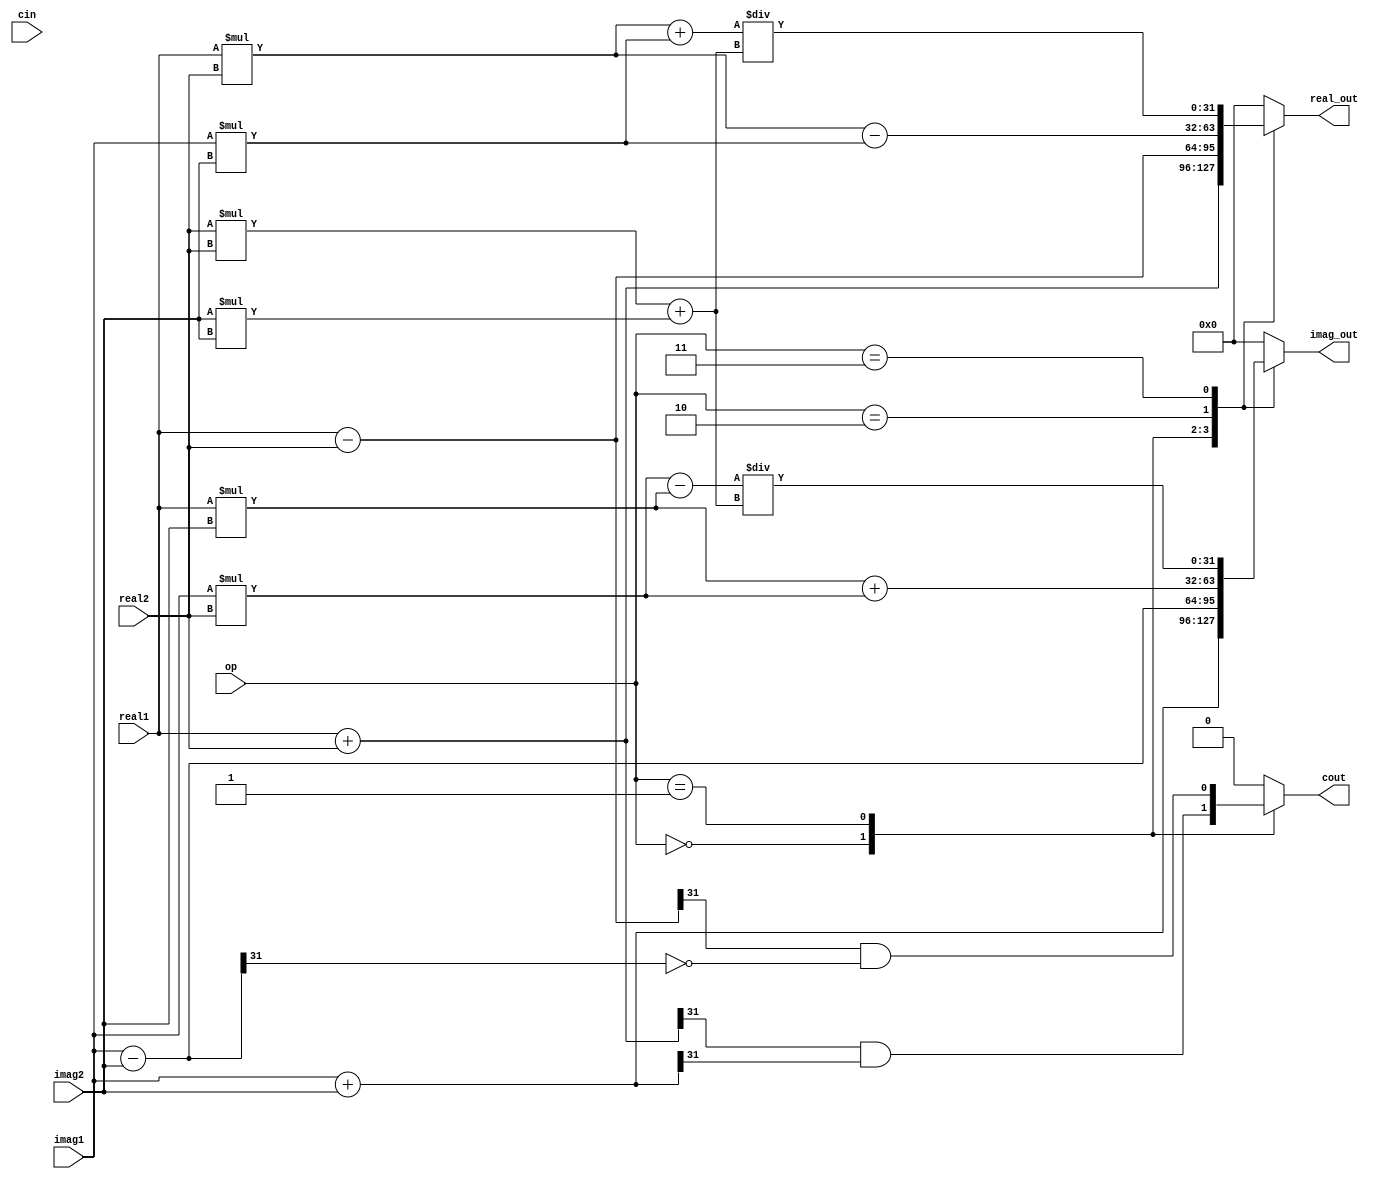
module Complex_ALU (
    input [31:0] real1,
    input [31:0] imag1,
    input [31:0] real2,
    input [31:0] imag2,
    input [2:0] op, // Operation select: 000 - Addition, 001 - Subtraction, 010 - Multiplication, 011 - Division
    input cin,
    output reg [31:0] real_out,
    output reg [31:0] imag_out,
    output reg cout
);

always @(*)
begin
    case(op)
        3'b000: // Addition
        begin
            real_out = real1 + real2;
            imag_out = imag1 + imag2;
            cout = (real_out[31] & imag_out[31]); // Carry-out: OR of MSBs of real and imaginary parts
        end
        3'b001: // Subtraction
        begin
            real_out = real1 - real2;
            imag_out = imag1 - imag2;
            cout = (real_out[31] & ~imag_out[31]); // Borrow-out: OR of MSB of real and NOT of MSB of imaginary part
        end
        3'b010: // Multiplication
        begin
            real_out = (real1 * real2) - (imag1 * imag2);
            imag_out = (real1 * imag2) + (imag1 * real2);
            cout = 1'b0; // No carry or borrow
        end
        3'b011: // Division
        begin
            real_out = ((real1 * real2) + (imag1 * imag2)) / ((real2 * real2) + (imag2 * imag2));
            imag_out = ((real2 * imag1) - (real1 * imag2)) / ((real2 * real2) + (imag2 * imag2));
            cout = 1'b0; // No carry or borrow
        end
        default: // Unsupported operation
        begin
            real_out = 32'b0;
            imag_out = 32'b0;
            cout = 1'b0;
        end
    endcase
end

endmodule